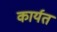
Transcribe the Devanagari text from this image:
कार्यत